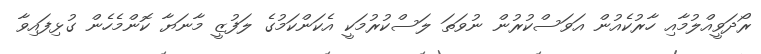
ރޯދަވީއްލުމާއި ހާރުކެއުން އަވަސްކުރުން ނުވަތަ ލަސްކުރުމަކީ އެކަންކަމުގެ ލަފުޒީ މާނަޔާ ކޮންމެހެން ގުޅިފައިވާ